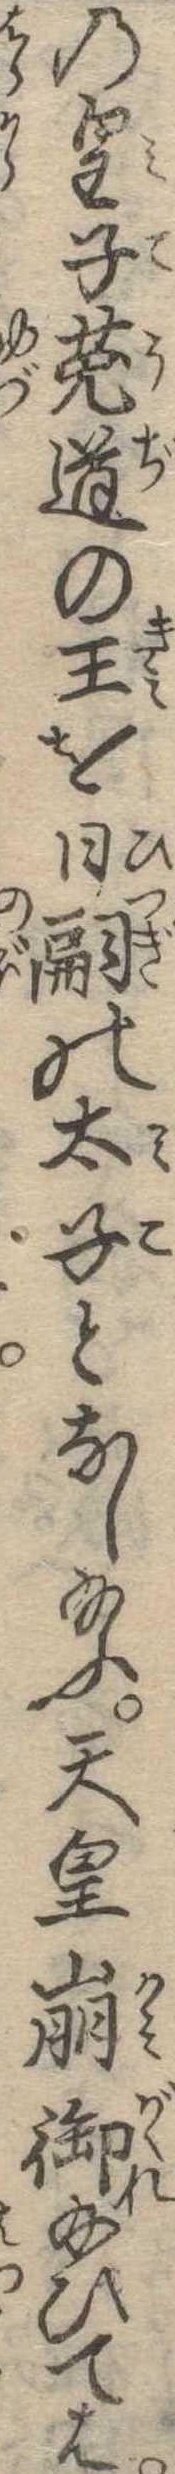
の皇子兎道の王を日嗣の太子となし給ふ天皇崩御給ひては